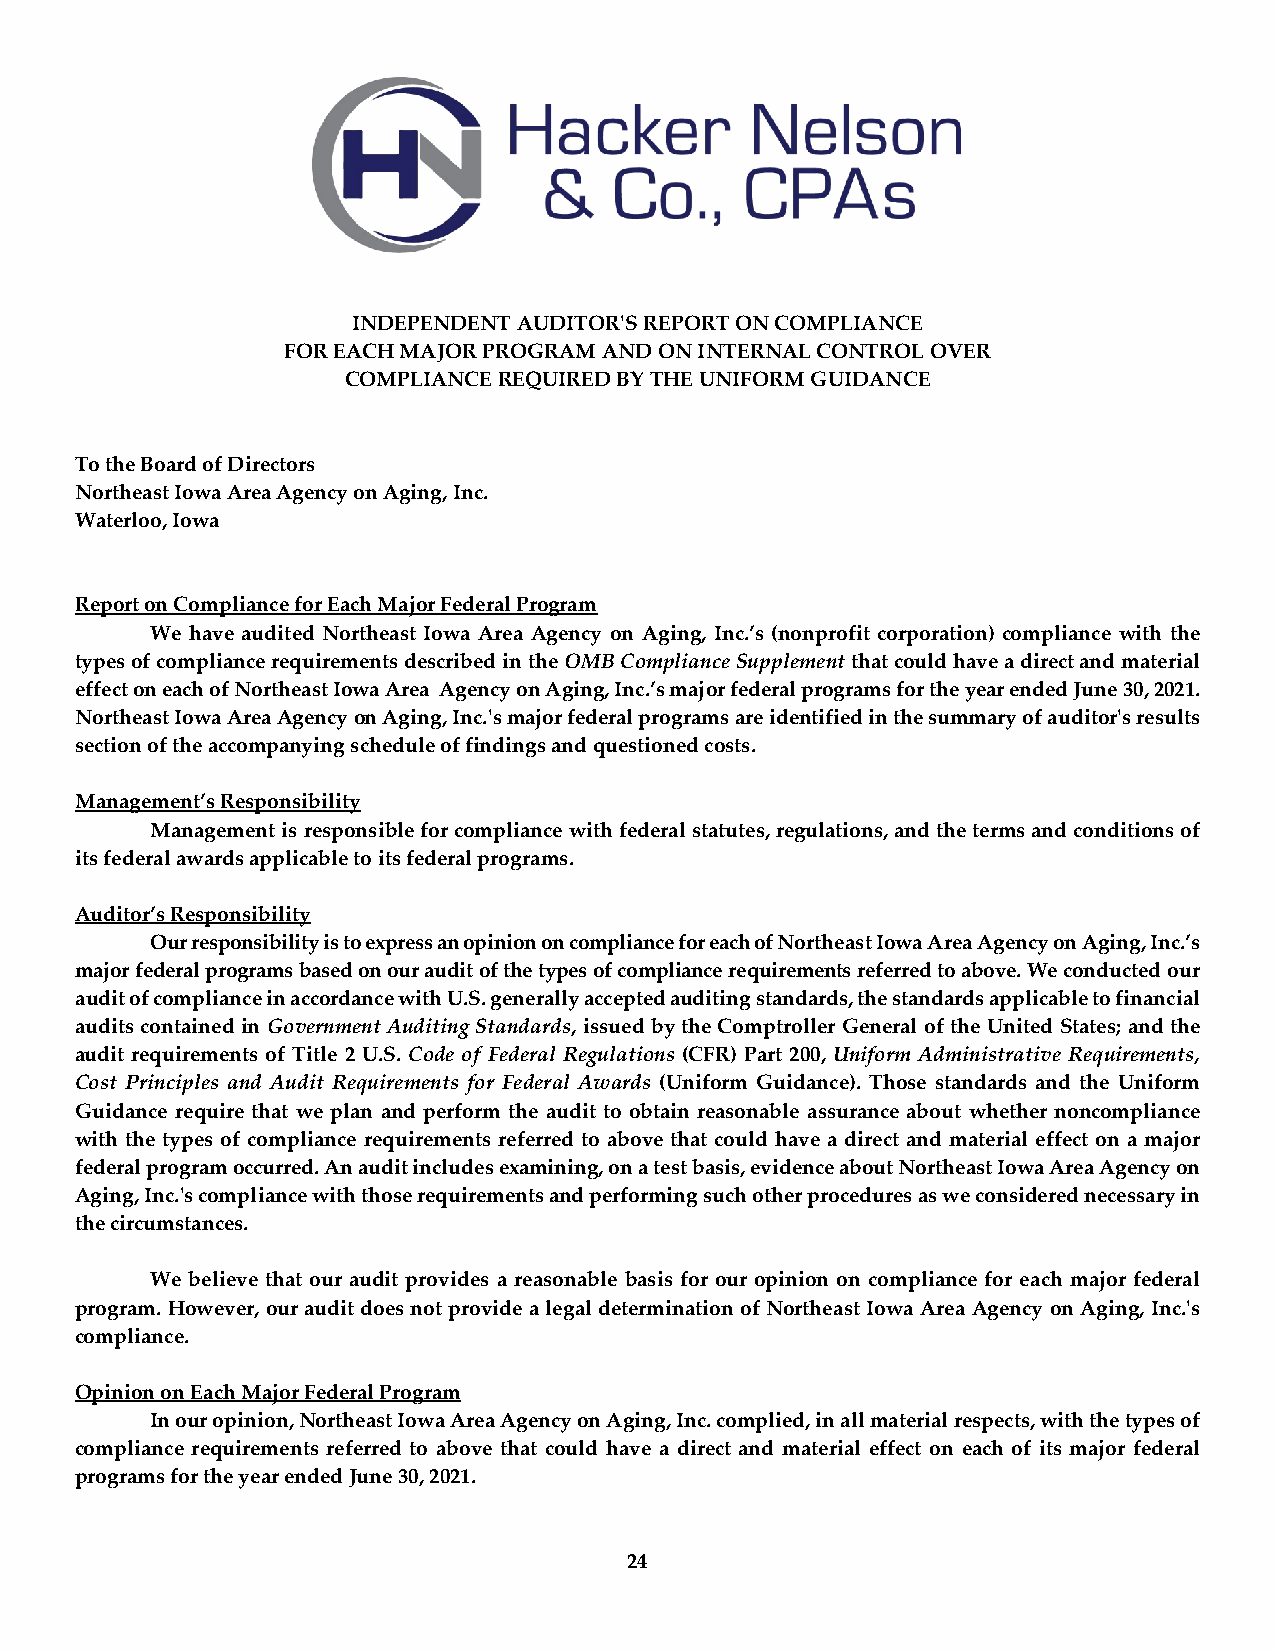
INDEPENDENT AUDITOR'S REPORT ON COMPLIANCE
 FOR EACH MAJOR PROGRAM AND ON INTERNAL CONTROL OVER
 COMPLIANCE REQUIRED BY THE UNIFORM GUIDANCE
 To the Board of Directors
 Northeast Iowa Area Agency on Aging, Inc.
 Waterloo, Iowa
 Report on Compliance for Each Major Federal Program
 We have audited Northeast Iowa Area Agency on Aging, Inc.’s (nonprofit corporation) compliance with the
 types of compliance requirements described in the OMB Compliance Supplement that could have a direct and material
 effect on each of Northeast Iowa Area Agency on Aging, Inc.’s major federal programs for the year ended June 30, 2021.
 Northeast Iowa Area Agency on Aging, Inc.'s major federal programs are identified in the summary of auditor's results
 section of the accompanying schedule of findings and questioned costs.
 Management’s Responsibility
 Management is responsible for compliance with federal statutes, regulations, and the terms and conditions of
 its federal awards applicable to its federal programs.
 Auditor’s Responsibility
 Our responsibility is to express an opinion on compliance for each of Northeast Iowa Area Agency on Aging, Inc.’s
 major federal programs based on our audit of the types of compliance requirements referred to above. We conducted our
 audit of compliance in accordance with U.S. generally accepted auditing standards, the standards applicable to financial
 audits contained in Government Auditing Standards, issued by the Comptroller General of the United States; and the
 audit requirements of Title 2 U.S. Code of Federal Regulations (CFR) Part 200, Uniform Administrative Requirements,
 Cost Principles and Audit Requirements for Federal Awards (Uniform Guidance). Those standards and the Uniform
 Guidance require that we plan and perform the audit to obtain reasonable assurance about whether noncompliance
 with the types of compliance requirements referred to above that could have a direct and material effect on a major
 federal program occurred. An audit includes examining, on a test basis, evidence about Northeast Iowa Area Agency on
 Aging, Inc.'s compliance with those requirements and performing such other procedures as we considered necessary in
 the circumstances.
 We believe that our audit provides a reasonable basis for our opinion on compliance for each major federal
 program. However, our audit does not provide a legal determination of Northeast Iowa Area Agency on Aging, Inc.'s
 compliance.
 Opinion on Each Major Federal Program
 In our opinion, Northeast Iowa Area Agency on Aging, Inc. complied, in all material respects, with the types of
 compliance requirements referred to above that could have a direct and material effect on each of its major federal
 programs for the year ended June 30, 2021.
 24